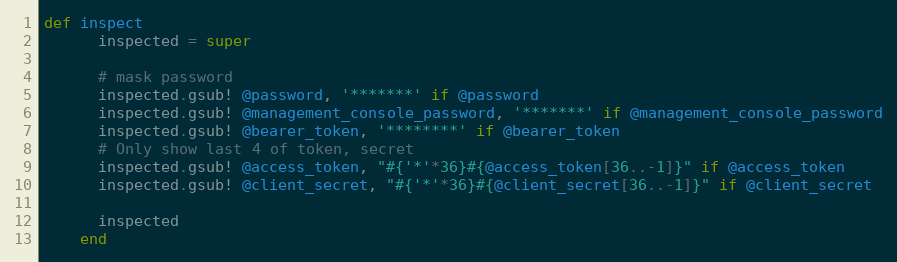
Language: Ruby
def inspect
      inspected = super

      # mask password
      inspected.gsub! @password, '*******' if @password
      inspected.gsub! @management_console_password, '*******' if @management_console_password
      inspected.gsub! @bearer_token, '********' if @bearer_token
      # Only show last 4 of token, secret
      inspected.gsub! @access_token, "#{'*'*36}#{@access_token[36..-1]}" if @access_token
      inspected.gsub! @client_secret, "#{'*'*36}#{@client_secret[36..-1]}" if @client_secret

      inspected
    end